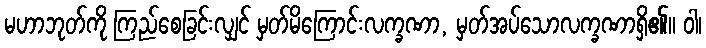
မဟာဘုတ်ကို ကြည်စေခြင်းလျှင် မှတ်မိကြောင်းလက္ခဏာ, မှတ်အပ်သောလက္ခဏာရှိ၏။ ဝါ၊